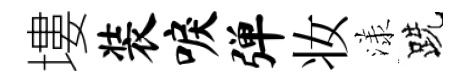
塿装唳弹妆漾跣